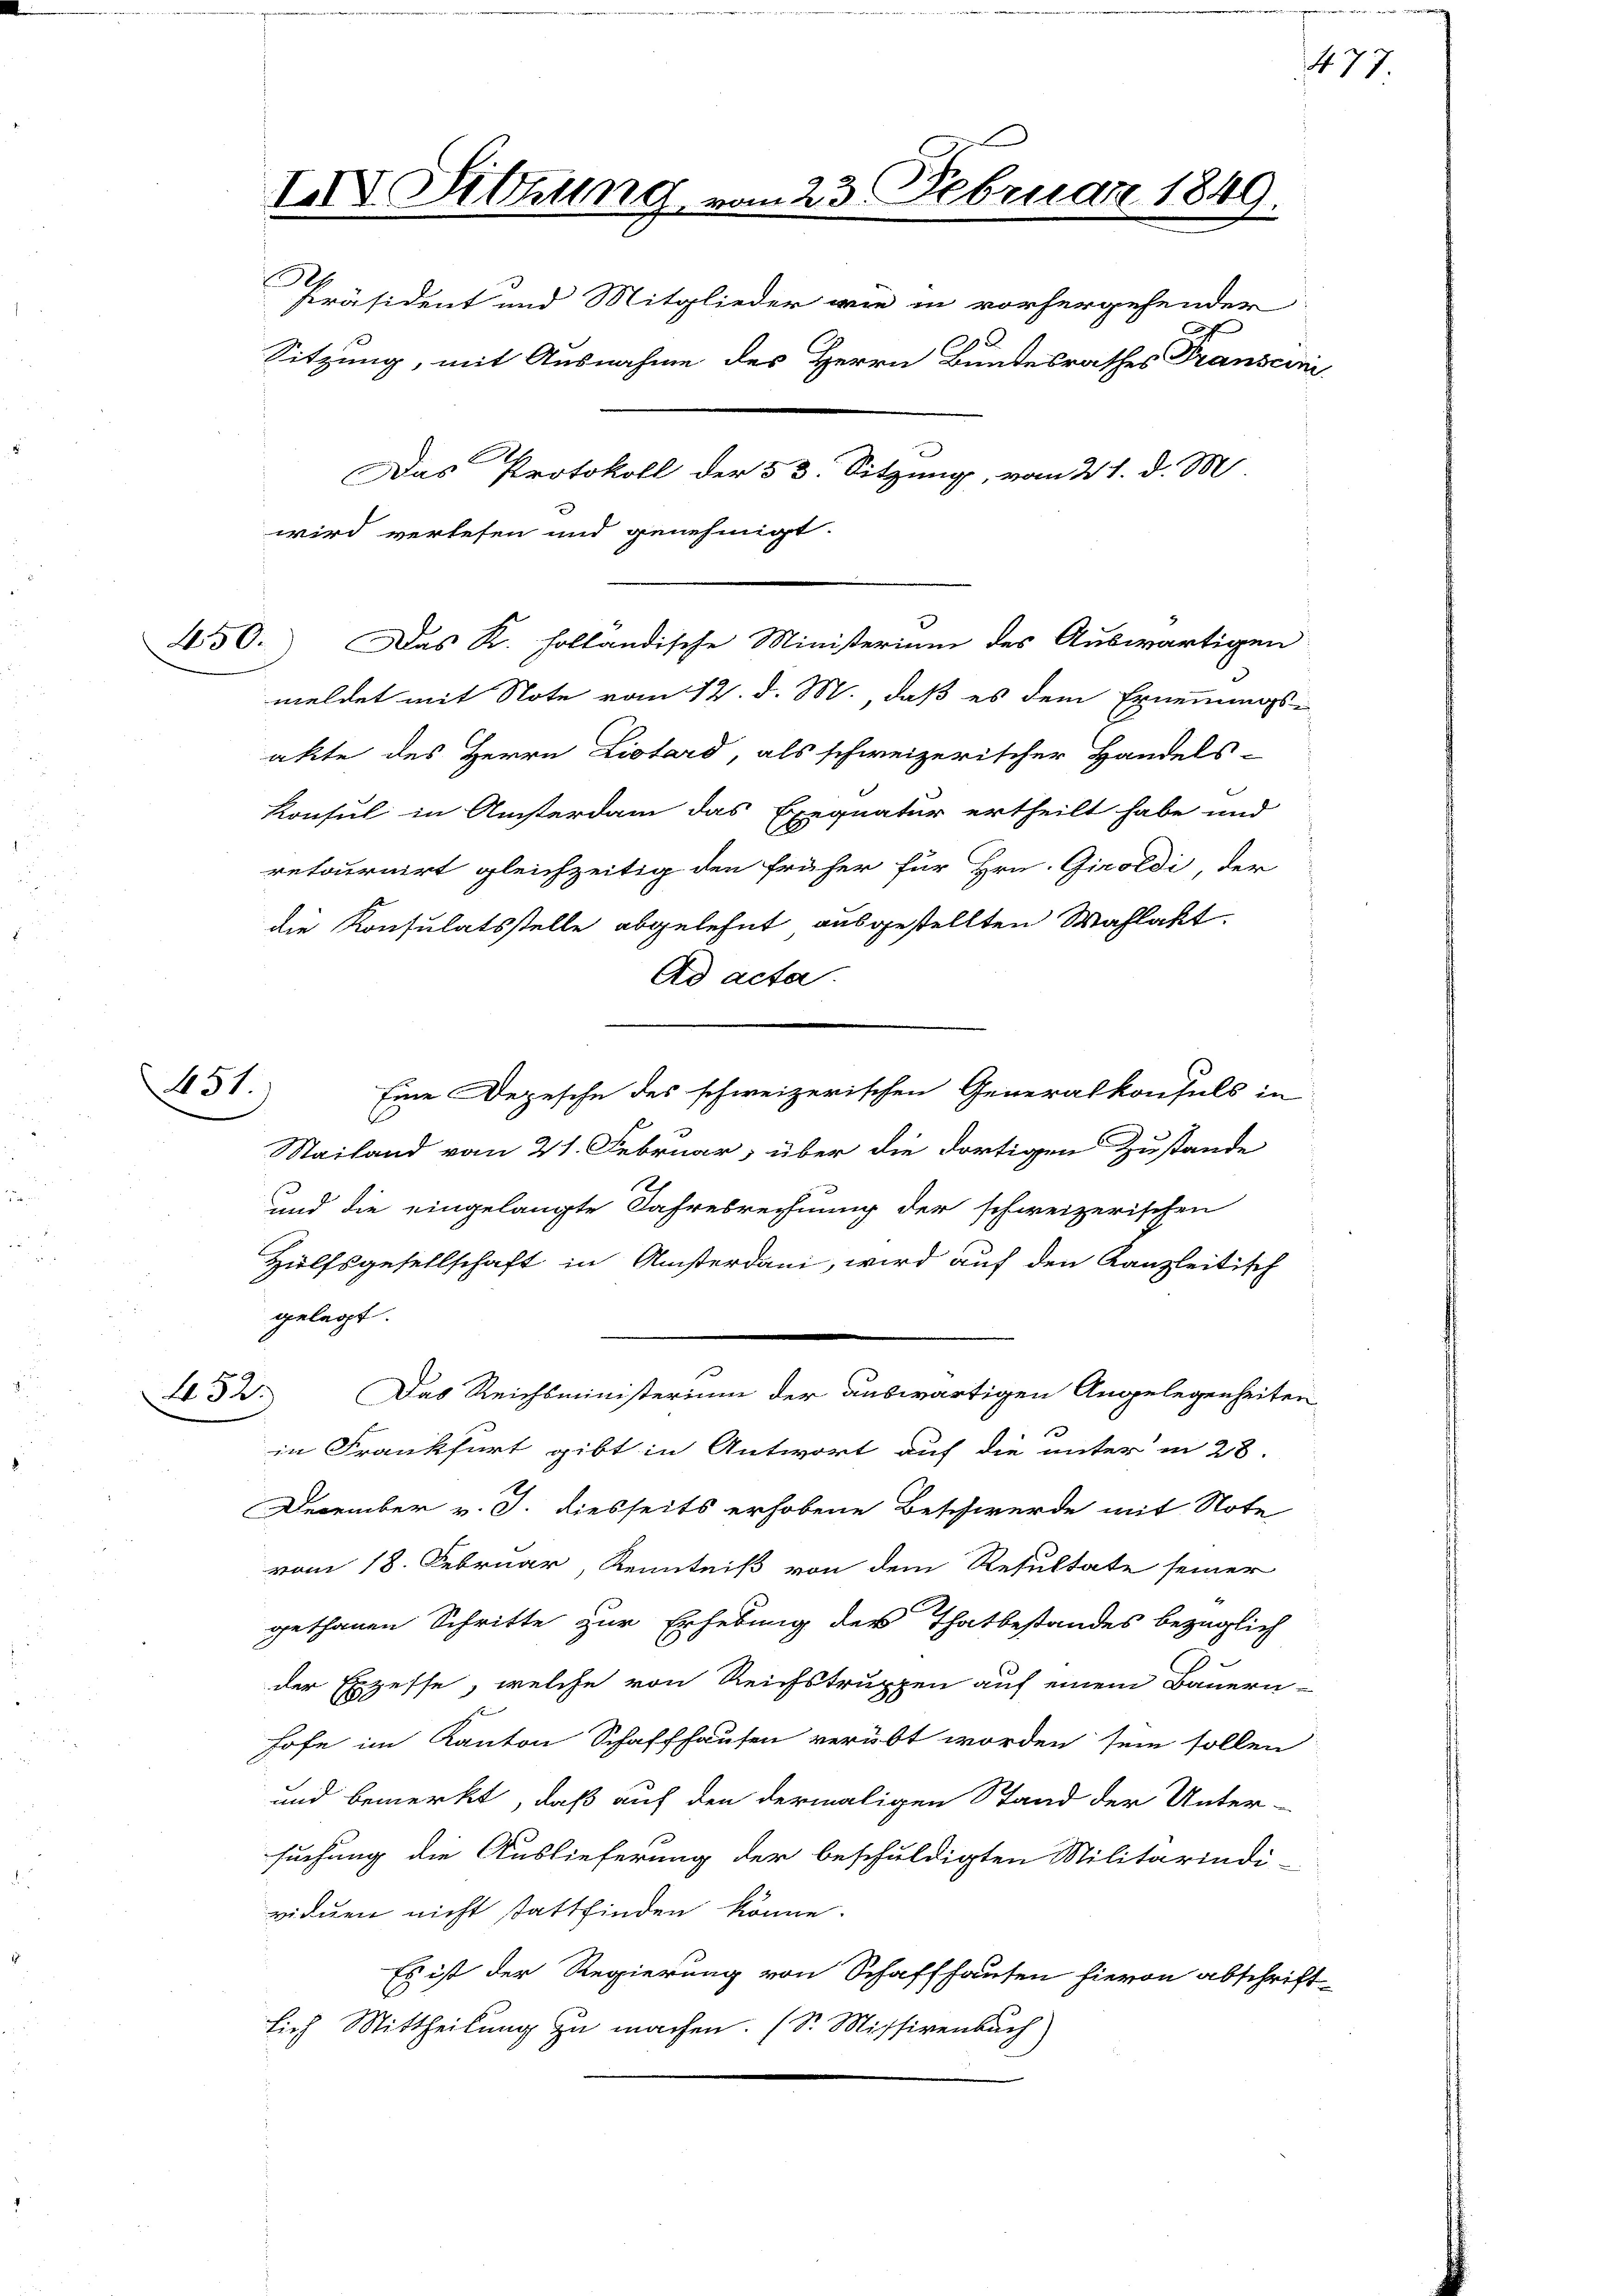
451.

450. Das K. holländische Ministerium des Auswärtigen
meldet mit Note vom 12. d. M. daß es dem Ernennungs-
akte des Herrn Liotard, als schweizerischer Handels-
Konsul in Ansterdam das Exequatur ertheilt habe und
retournirt gleichzeitig den früher für Hrn. Giroldi, der
die Konsulatsstelle abgelehnt ausgestellten Wahlakt.
Ad acta.
Eine Depesche des schweizerischen Generalkonsuls in
Stailand vom 21. Februar, über die dortigen Zustande
und die eingelangte Jahresrechnung der schweizerischen
Hülfsgesellschaft in Ansterdani, wird auf den Kanzleitisch
gelegt.
Das Reichsministerium der auswärtigen Angelegenheiten
432.
e
in Frankfurt gibt in Antwort auf die unter in 28.
December v. J. diesseits erhobene Beschwerde mit Note
vom 18. Februar, Kenntniß von dem Resultate seiner
gethanen Schritte zur Erhebung der Thatbestandes bezüglich
der Exzesse, welche von Reichstruppen auf einem Bauern-
hofe im Kanton Schaffhausen verübt worden sein sollen
und bemerkt, daß auf den dermaligen Stand der Unter-
suchung die Auslieferung der beschuldigten Militärindi-
viduen nicht stattfinden könne.
Es ist der Regierung von Schaffhausen hievon abschrift
sich Mittheilung zu machen. (S. Missivenbuch)

I Sitzung vom 23. Februar 1849.
.
Präsident und Mitglieder wie in vorhergehender
Sitzung, mit Ausnahme des Herrn Bundesrathes Transcini
.
Das Protokoll der 53. Sitzung, vom 21. d. M.
wird verlesen und genehmigt.

1457.

t